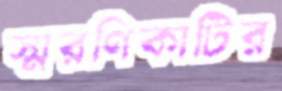
স্মরণিকাটির